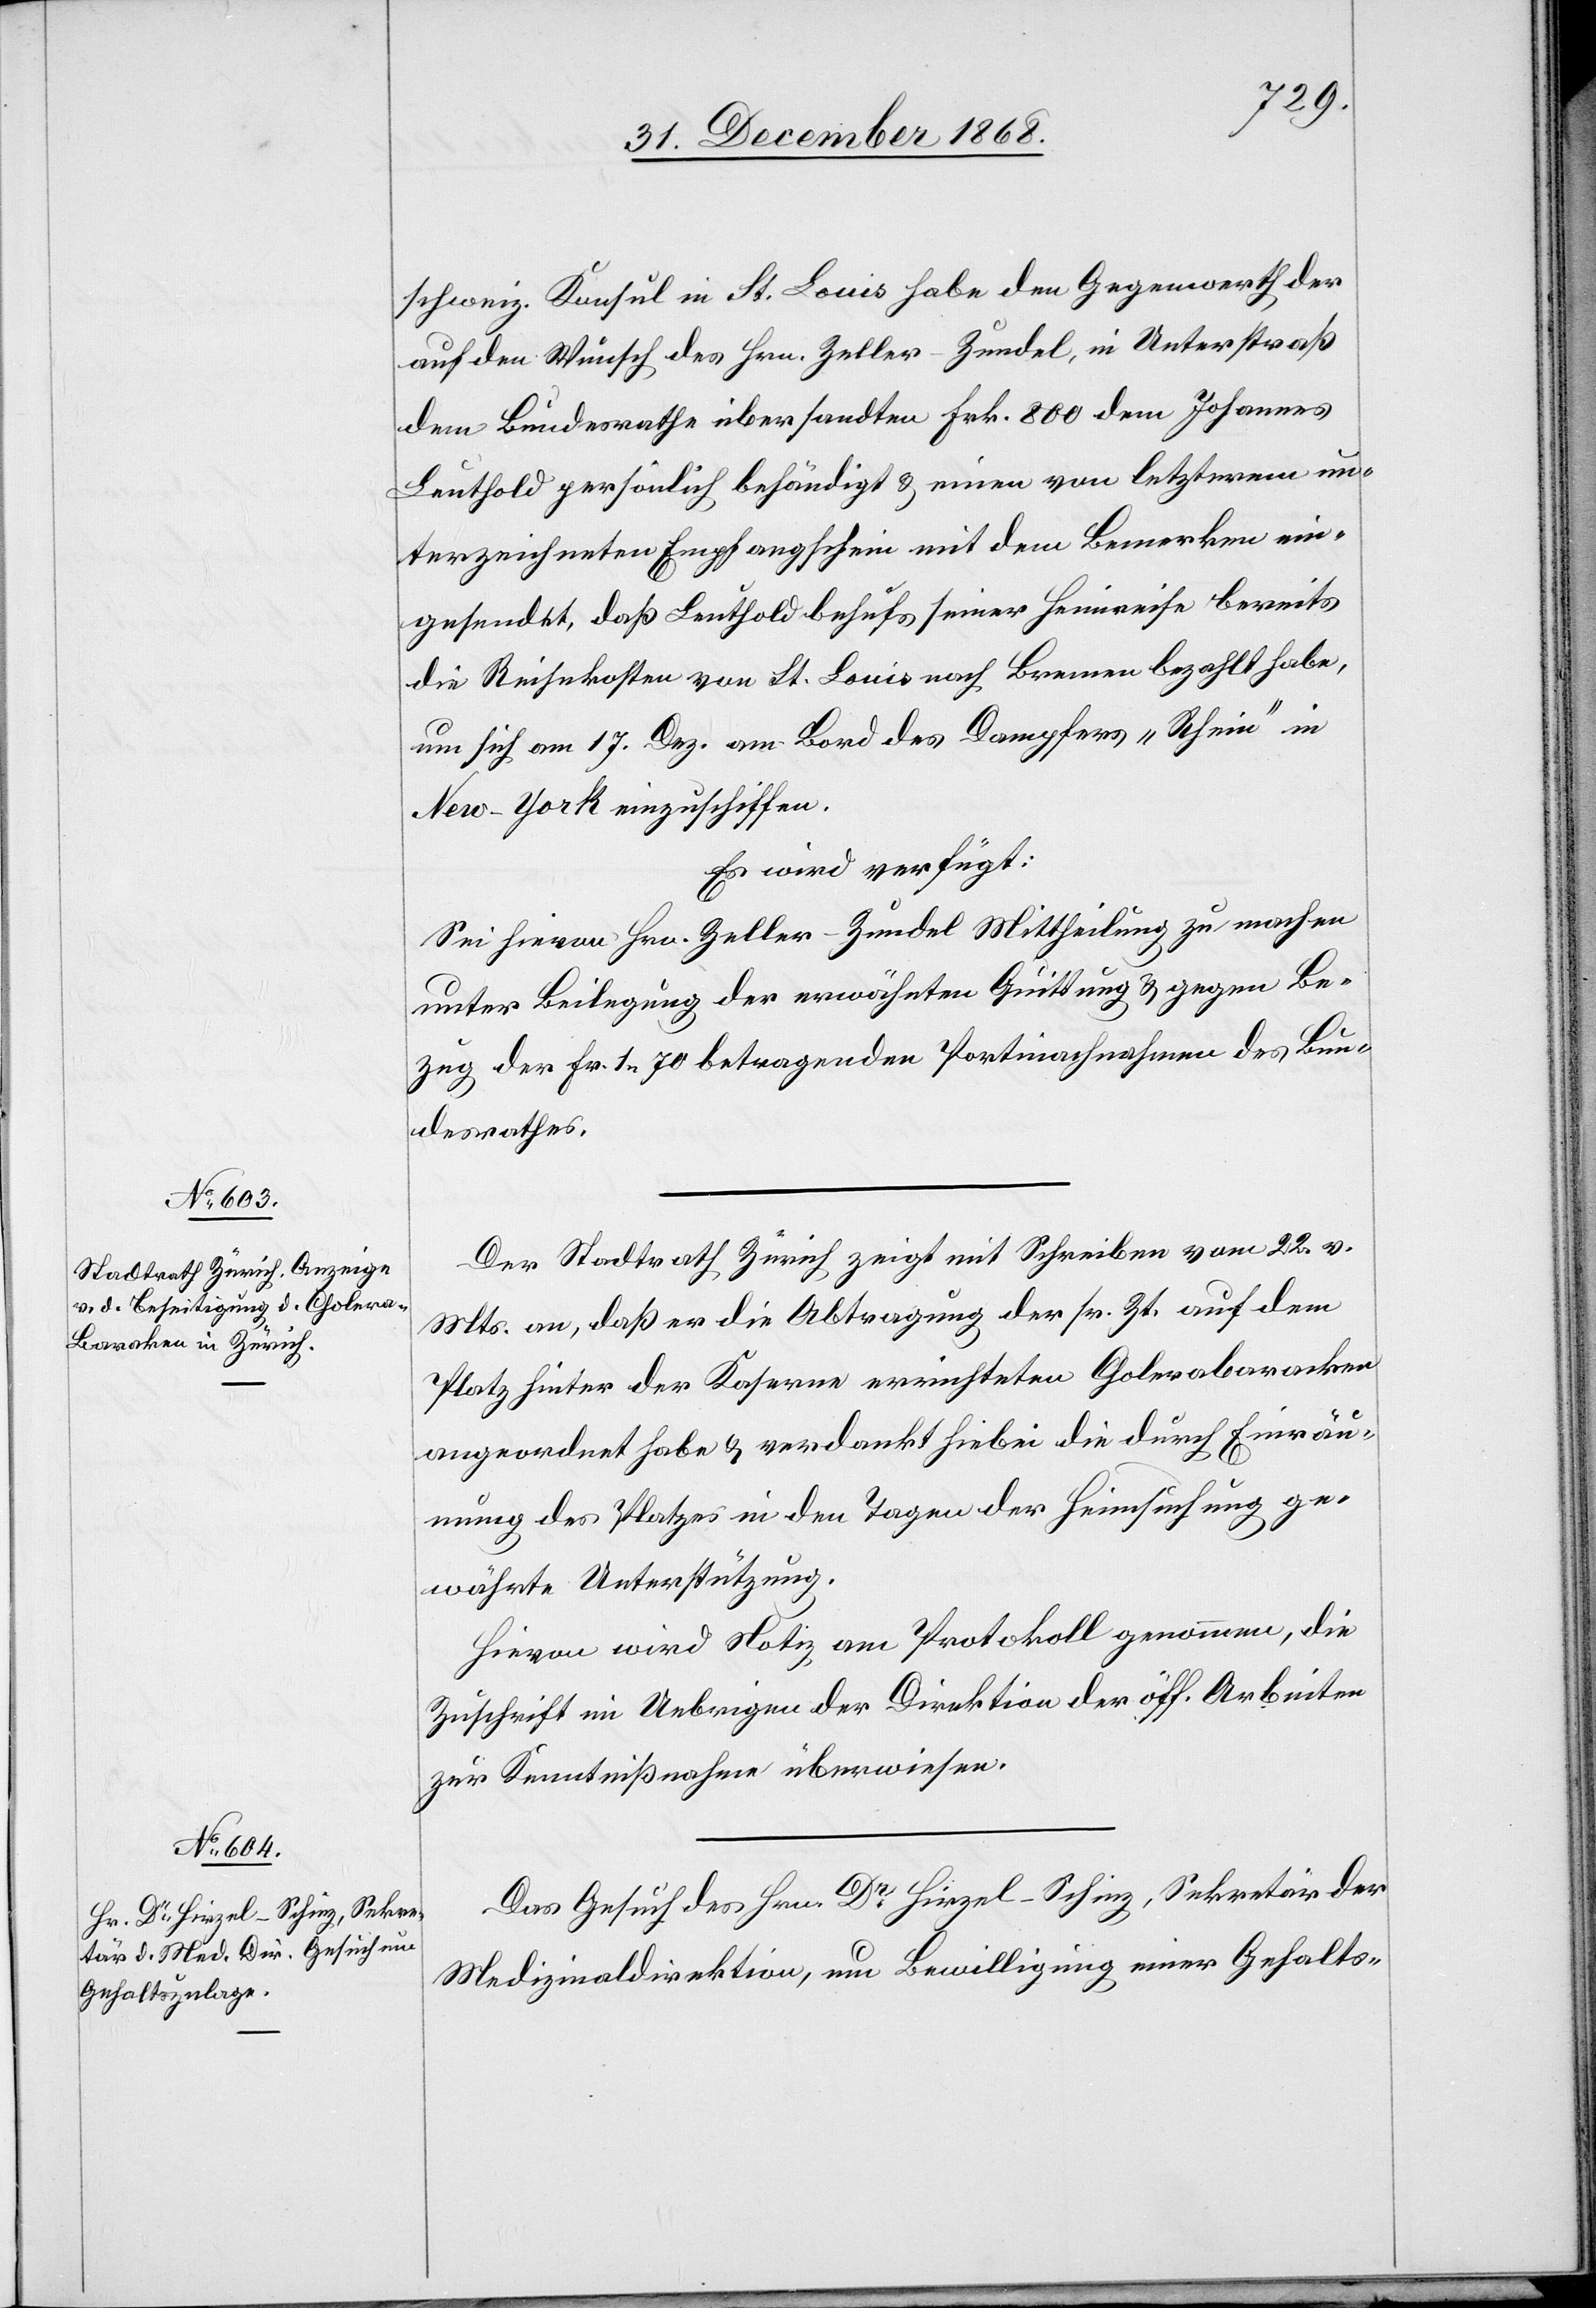
schweiz. Konsul in St. Louis habe den Gegenwerth der
auf den Wunsch des Hrn. Zeller-Zundel, in Unterstraß
dem Bundesrathe übersandten Frk. 800 dem Johannes
Leuthold persönlich behändigt & einen von letzterem un¬
terzeichneten Empfangschein mit dem Bemerken ein¬
gesendet, daß Leuthold behufs seiner Heimreise bereits
die Reisekosten von St. Louis nach Bremen bezahlt habe,
um sich am 17. Dez. am [sic!] Bord des Dampfers „Rhein“ in
New-York einzuschiffen.
Es wird verfügt:
Sei hievon Hrn. Zeller-Zundel Mittheilung zu machen
unter Beilegung der erwähnten Quittung & gegen Be¬
zug der Fr. 1.70 betragenden Portinachnahmen des Bun¬
desrathes.
Der Stadtrath Zürich zeigt mit Schreiben vom 22. v.
Mts. an, daß er die Abtragung der sr. Zt. auf dem
Platz hinter der Kaserne errichteten Cholerabaracken
angeordnet habe & verdankt hiebei die durch Einräu¬
mung des Platzes in den Tagen der Heimsuchung ge¬
währte Unterstützung.
Hievon wird Notiz am Protokoll genommen, die
Zuschrift im Uebrigen der Direktion der öff. Arbeiten
zur Kenntnißnahme überwiesen.
Das Gesuch des Hrn. Dr Hirzel-Schinz, Sekretär der
Medizinaldirektion, um Bewilligung einer Gehalts-